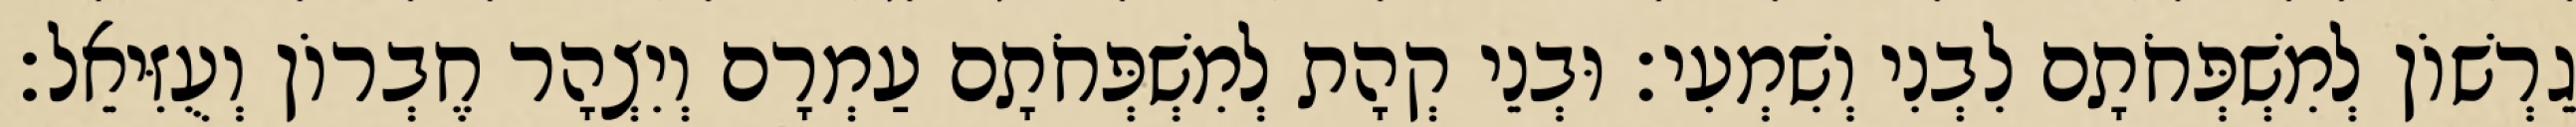
גֵרְשׁוֹן לְמִשְׁפְּחֹתָם לִבְנִי וְשִׁמְעִי׃ וּבְנֵי קְהָת לְמִשְׁפְּחֹתָם עַמְרָם וְיִצְהָר חֶבְרוֹן וְעֻזִּיאֵל׃